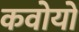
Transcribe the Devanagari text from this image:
कवोयों